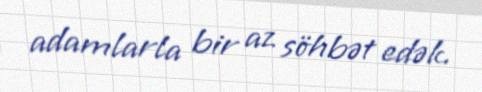
adamlarla bir az söhbət edək.